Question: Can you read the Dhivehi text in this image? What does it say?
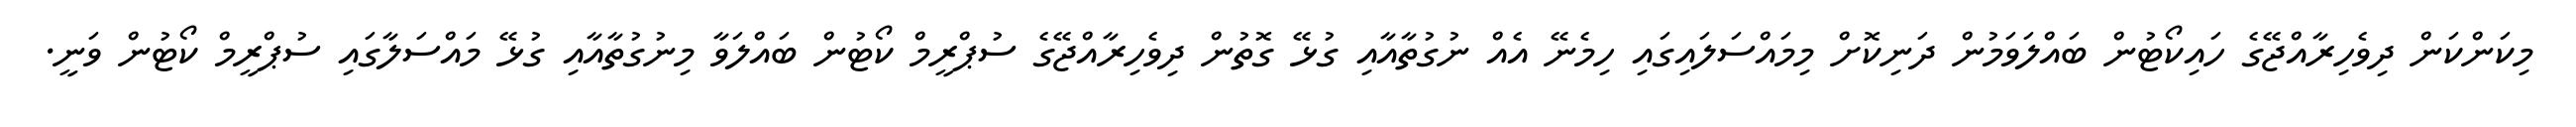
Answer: މިކަންކަން ދިވެހިރާއްޖޭގެ ހައިކޯޓުން ބައްލަވަމުން ދަނިކޮށް މިމައްސަލައިގައި ހިމެނޭ އެއް ނުގުތާއާއި ގުޅޭ ގޮތުން ދިވެހިރާއްޖޭގެ ސުޕްރީމް ކޯޓުން ބައްލަވާ މިނުގުތާއާއި ގުޅޭ މައްސަލާގައި ސުޕްރީމް ކޯޓުން ވަނީ.